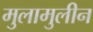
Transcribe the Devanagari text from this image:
मुलामुलीन